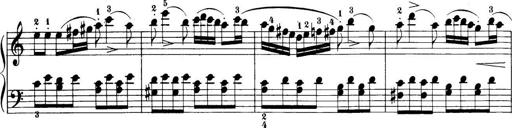
Title: 32 Sonatinas and Rondos for the Piano
Composer: Richard Kleinmichel